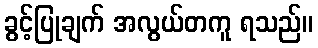
ခွင့်ပြုချက် အလွယ်တကူ ရသည်။